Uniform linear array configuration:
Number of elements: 32
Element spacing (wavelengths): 1
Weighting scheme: kaiser
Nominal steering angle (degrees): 45
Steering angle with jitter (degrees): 43.701
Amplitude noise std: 0.05
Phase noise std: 0.05

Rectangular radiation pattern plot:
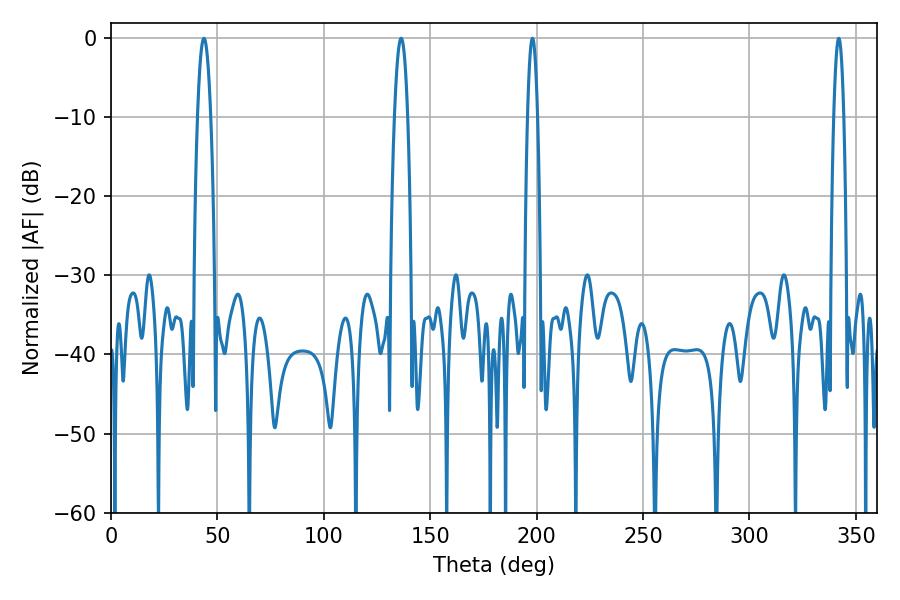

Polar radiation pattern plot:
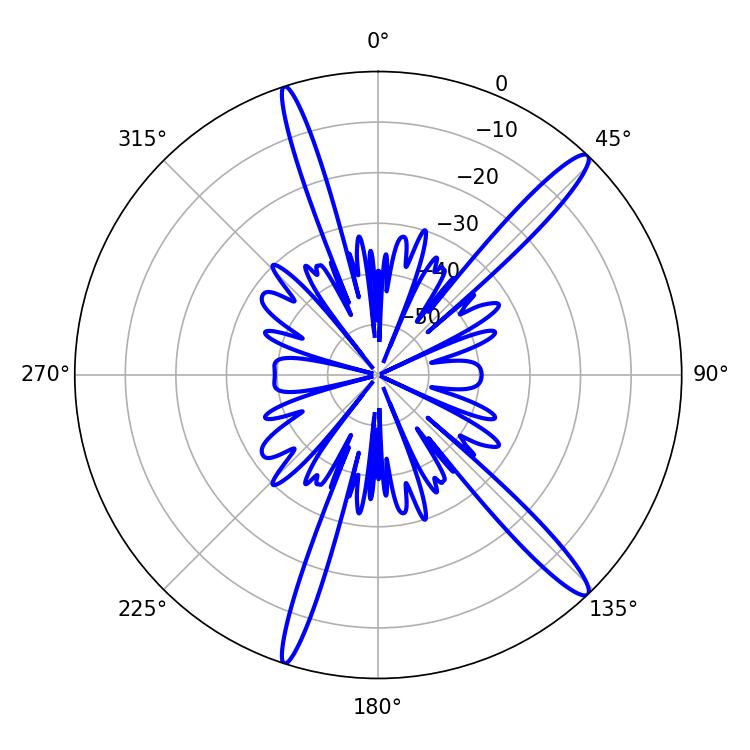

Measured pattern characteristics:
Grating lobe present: TRUE
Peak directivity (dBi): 15.296
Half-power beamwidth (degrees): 2.52
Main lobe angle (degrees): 342